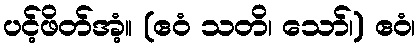
ပင့်ဖိတ်အံ့။ (ဧဝံ သတိ၊ သော်၊) ဧဝံ၊